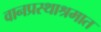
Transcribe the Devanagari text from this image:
वानप्रस्थाश्रमात